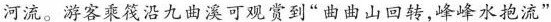
河流。游客乘筏沿九曲溪可观赏到”曲曲山回转，峰峰水抱流”